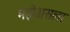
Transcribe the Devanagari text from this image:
मझेअसला